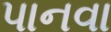
પાનવા